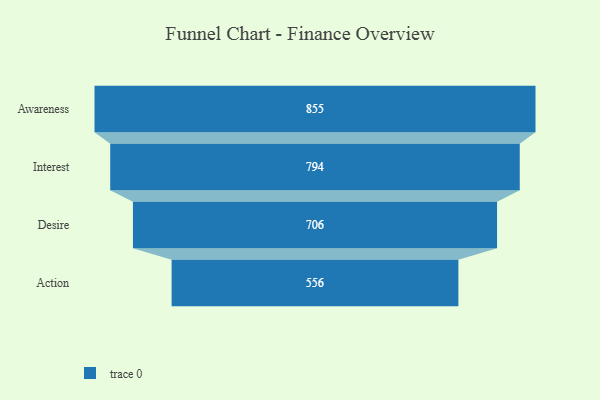
{"axis": {"x": "Stage", "y": "Value"}, "legend": [""], "data": [{"x": "Awareness", "y": 855.0, "type": ""}, {"x": "Interest", "y": 794.0, "type": ""}, {"x": "Desire", "y": 706.0, "type": ""}, {"x": "Action", "y": 556.0, "type": ""}]}